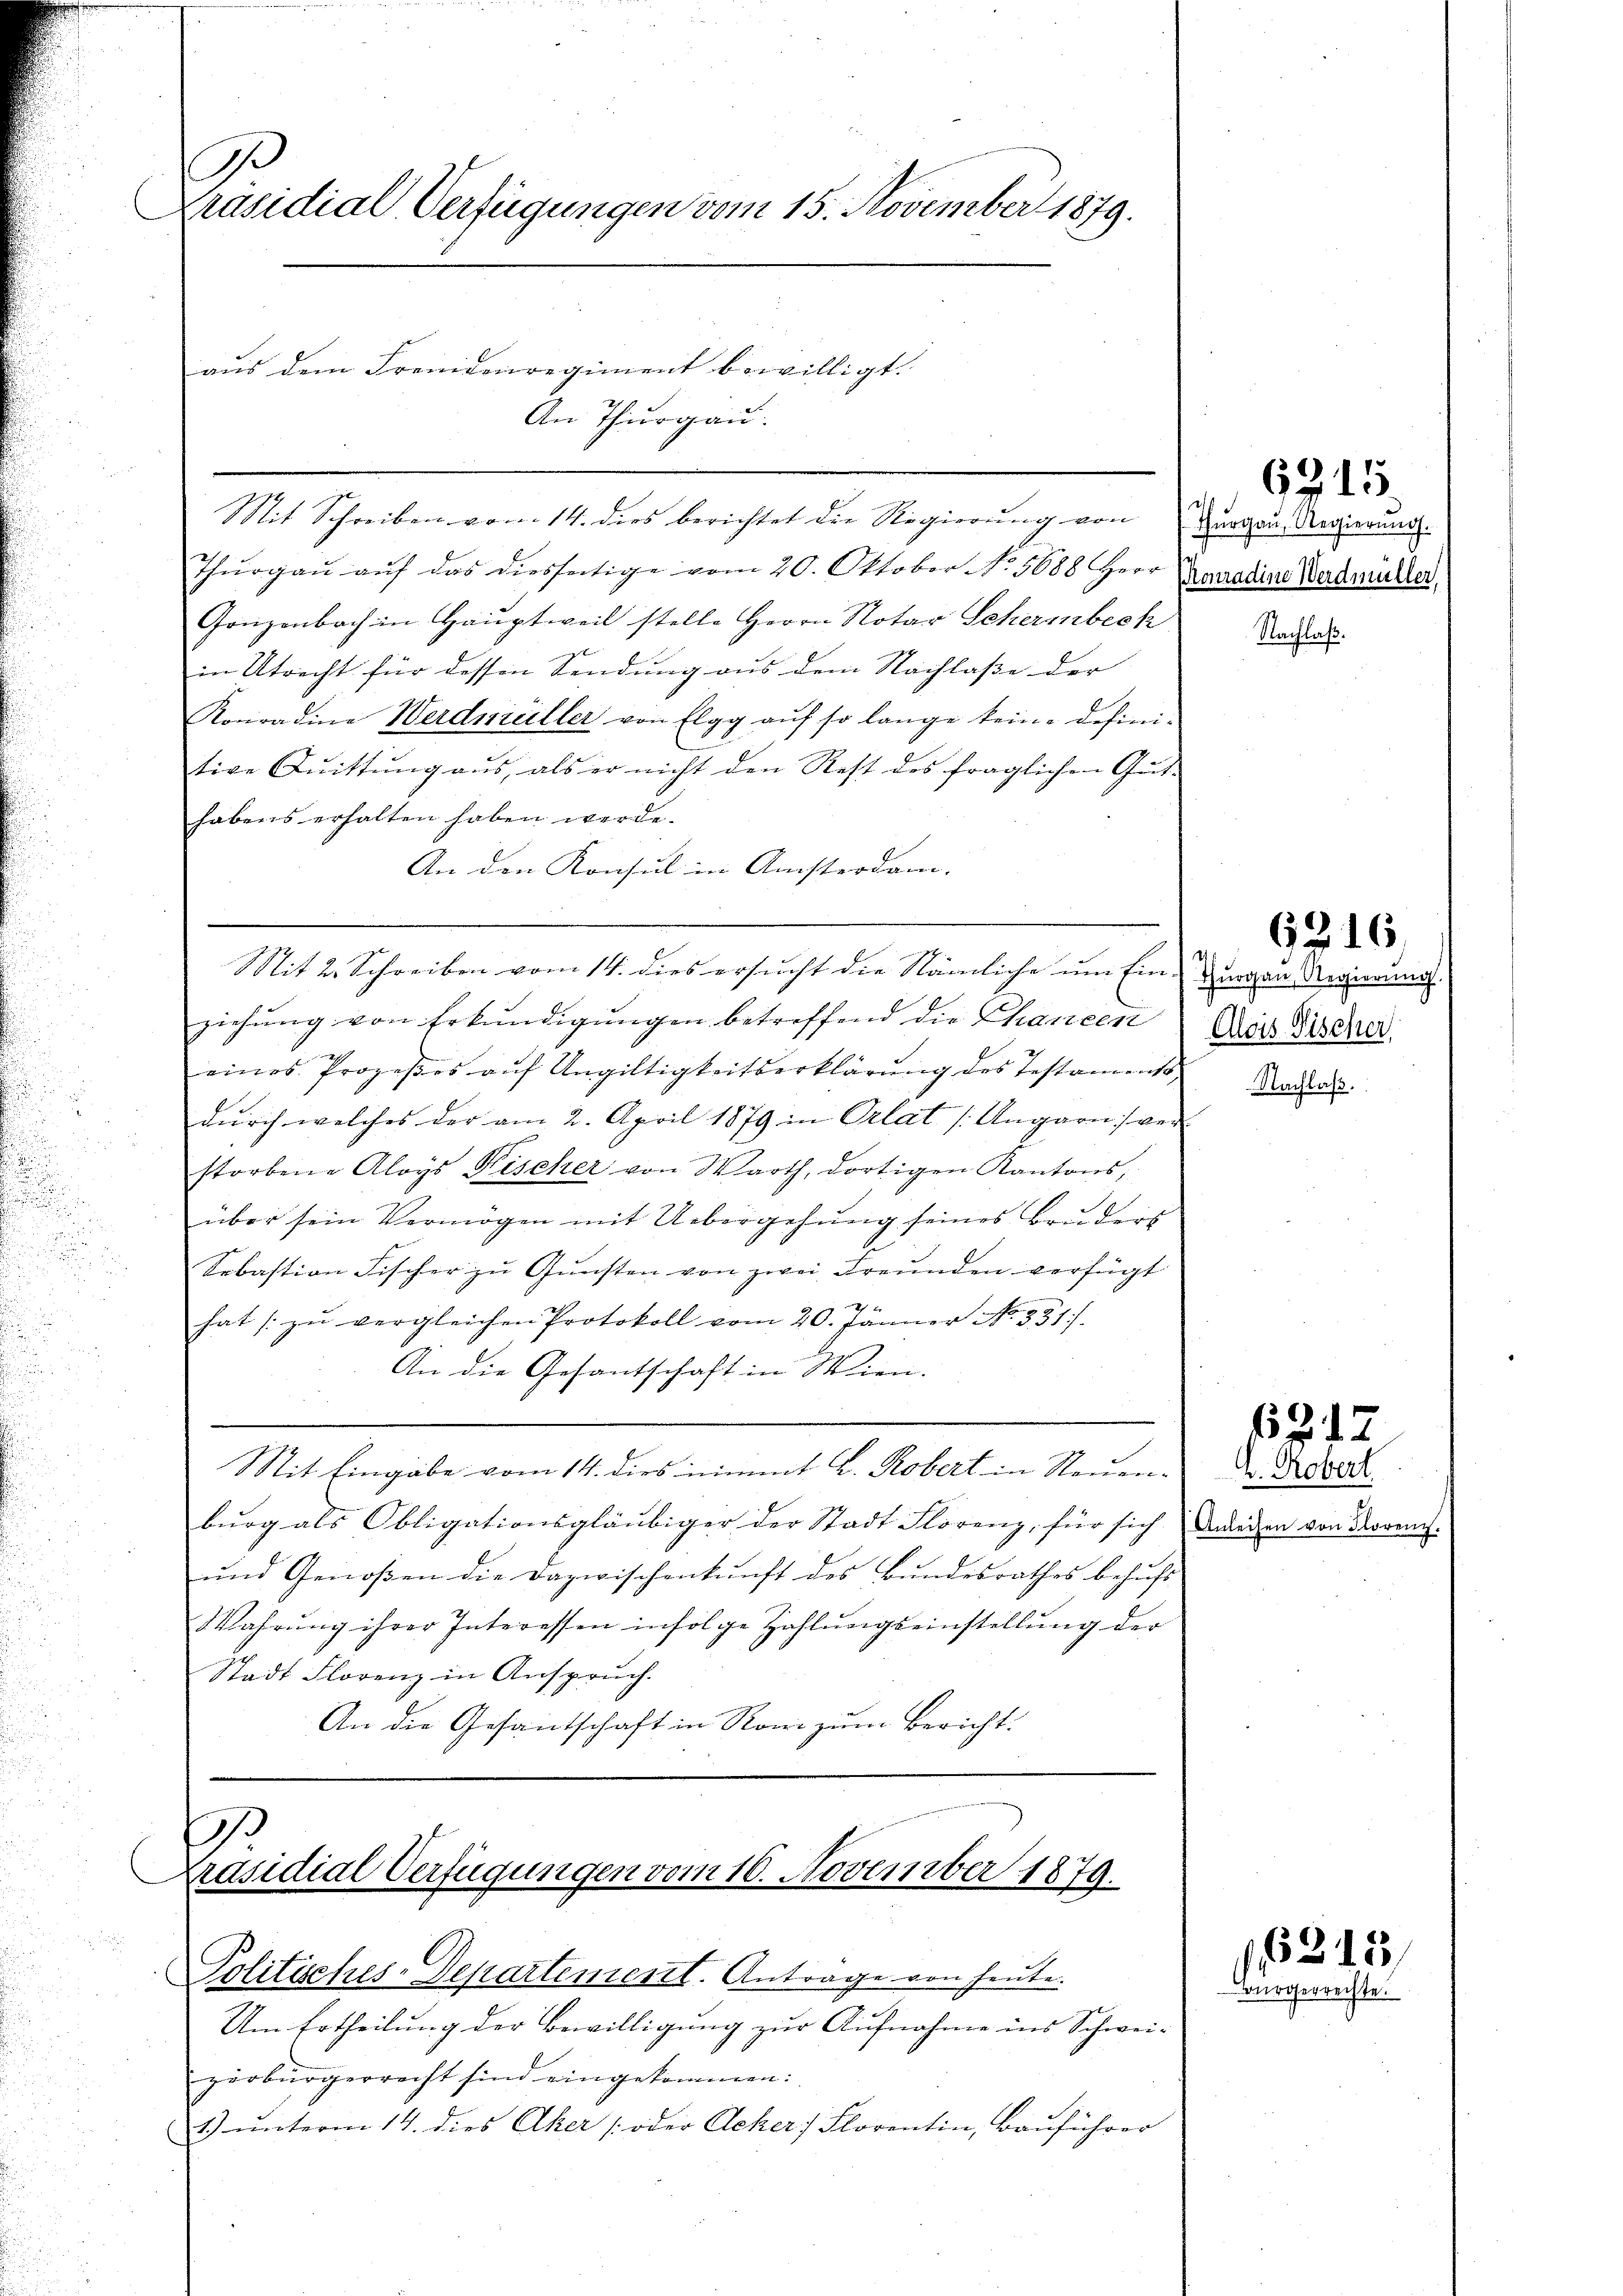
s

C
Präsidial Verfügungen vom 15. November 1879.

An Thurgau:

aus dem Fremdenregiment bewilligt. |

Thurgau auf das diesseitige vom 20. Oktober No. 5688 Herr
Gonzenbach in Hauptweil stelle Herrn Notar Scherinbeck
in Utrecht für dessen Sendung aus dem Nachlasse der
Konradine Werdmüller von Elgg aŭf so lange keine Defini-
tive Quittung aus, als er nicht den Rest des fraglichen Gut-
habens erhalten haben werde.
An den Konsul in Ansterdam. |
Mit 2. Schreiben vom 14. dies ersucht die Nämliche um Ein-
ziehung von Erkundigungen betreffend die Chancen
x
eines Prozeßes aŭf Ungültigkeitserklärung des Testaments
durch welches der am 2. April 1879 in Orlat [Ungarn ver
storbene Aloys Fischer von Warth, dortigen Kantons,
über sein Vermögen mit Uebergehung seines Bruders
Sebastian Fischer zŭ Gŭnsten von zwei Freunden verfügt
hat zŭ vergleichen Protokoll vom 20. Jänner No. 331.
An die Gesantschaft in Wien.
Mit Eingabe vom 14. dies nimmt B. Robert in Rouen-
burg als Obligationsgläubiger der Stadt Florenz, für sich
ŭnd Genoßen die Dazwischenkunft des Bŭndesrathes behŭfs
Wahrung ihrer Interessen infolge Zahlŭngseinstellung der
Stadt Florenz in Anspruch.
An die Gesandschaft in Rom zum Bericht.

Mit Schreiben vom 14. dies berichtet die Regierung von

J
Präsidial Verfügungen vom 16. November 1879.
Politsches-Departement. Antrage von heute.

Um Ertheilung der Bewilligung zur Aufnahme ins Schwei-
zerbürgerrecht sind eingekommen:
1) unterm 14. dies Aker (oder Acker, Florentin, Bauführer

6315

Thurgau, Regierung.
Pronradine Werdmüller

Nachlaß.

d
Thurgau, Regierung
Alois Fischer,

62. 16

Nachlaß.

6317

h. Robert.
Anleihen von Florenz

1215
Bürgerrechte.